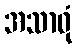
အသာဓုံ